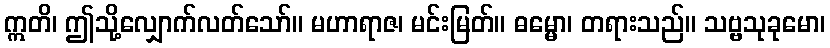
ဣတိ၊ ဤသို့လျှောက်လတ်သော်။ မဟာရာဇ၊ မင်းမြတ်။ ဓမ္မော၊ တရားသည်။ သဗ္ဗသုခုမော၊